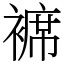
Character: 褯